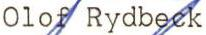
Olof Rydbeck